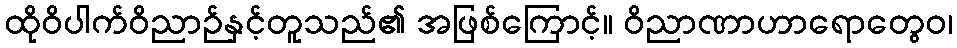
ထိုဝိပါက်ဝိညာဉ်နှင့်တူသည်၏ အဖြစ်ကြောင့်။ ဝိညာဏာဟာရောတွေဝ၊